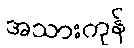
အသားကုန်